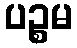
ပဉ္စမ